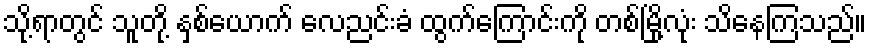
သို့ရာတွင် သူတို့ နှစ်ယောက် လေညင်းခံ ထွက်ကြောင်းကို တစ်မြို့လုံး သိနေကြသည်။